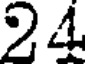
24